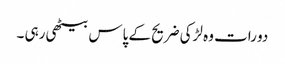
دو رات وہ لڑکی ضریح کے پاس بیٹھی رہی ۔